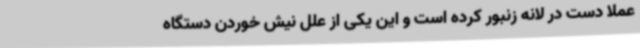
عملا دست در لانه زنبور کرده است و این یکی از علل نیش خوردن دستگاه